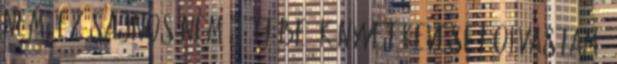
nem, ez sajnos nem jött be. Könyvet keveset olvastam,